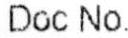
DOC NO.